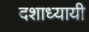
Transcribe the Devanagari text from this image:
दशाध्यायी